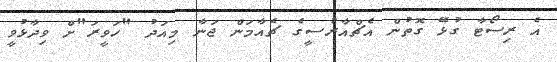
އެ ރިސޯޓާ ގުޅޭ ގޮތުން އެޗްއާރުސީގެ ޗެއާމަން ޖަނާ މިއަދު "ހަވީރަ"ށް ވިދާޅުވީ